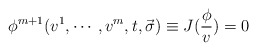
\begin{align*}\phi ^{m+1}(v^1,\cdots ,v^m,t,\vec{\sigma})\equiv J(\frac \phi v)=0\end{align*}